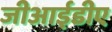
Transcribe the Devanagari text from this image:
जीआईडीए